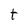
Character: t